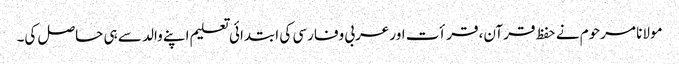
مولانا مرحوم نے حفظ قرآن، قرأت اور عربی وفارسی کی ابتدائی تعلیم اپنے والد سے ہی حاصل کی۔